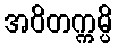
အဝိတက္ကမ္ပိ